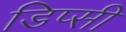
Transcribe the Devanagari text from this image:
डिप्सी